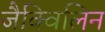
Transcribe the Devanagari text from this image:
जैक्विलिन